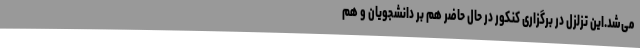
می‌شد.این تزلزل در برگزاری کنکور در حال حاضر هم بر دانشجویان و هم